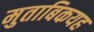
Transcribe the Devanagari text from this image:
मुताबिकयह